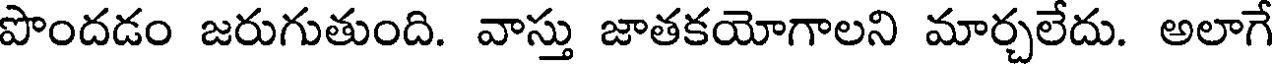
పొందడం జరుగుతుంది. వాస్తు జాతకయోగాలని మార్చలేదు. అలాగే